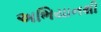
અભિયાનથી